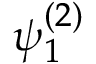
\psi _ { 1 } ^ { ( 2 ) }